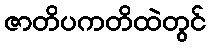
ဇာတိပကတိထဲတွင်